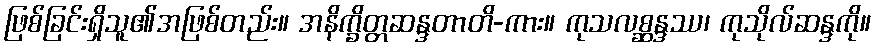
ဖြစ်ခြင်းရှိသူ၏အဖြစ်တည်း။ အနိက္ခိတ္တဆန္ဒတာတိ-ကား။ ကုသလစ္ဆန္ဒဿ၊ ကုသိုလ်ဆန္ဒကို။